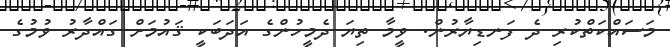
މަސައްކަތްކުރި ދެ ފަނޑިޔާރުން. ވީމާ ތިޔަ ދެމީހުންގެ އަދަބަކީ ޤައުމަށް ގައްދާރު ވުމުގެ